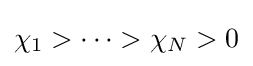
\chi _{1}>\cdots >\chi _{N}>0